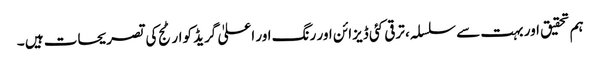
ہم تحقیق اور بہت سے سلسلہ، ترقی کئی ڈیزائن اور رنگ اور اعلیٰ گریڈ کوارٹج کی تصریحات ہیں ۔